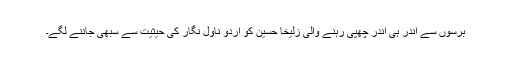
برسوں سے اندر ہی اندر چھپی رہنے والی زُلیخا حُسین کو اُردو ناول نگار کی حیثیت سے سبھی جاننے لگے۔